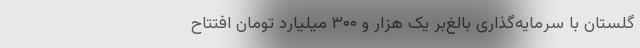
گلستان با سرمایه‌گذاری بالغ‌بر یک هزار و ۳۰۰ میلیارد تومان افتتاح